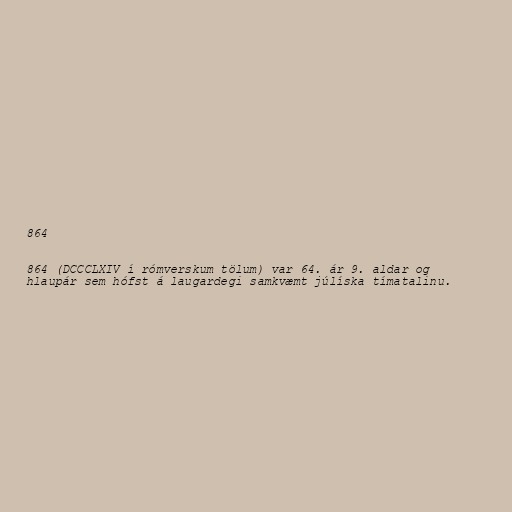
864

864 (DCCCLXIV í rómverskum tölum) var 64. ár 9. aldar og
hlaupár sem hófst á laugardegi samkvæmt júlíska tímatalinu.